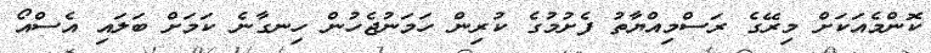
ކޮންމެއަކަށް މިރޭގެ ރަސްމިއްޔާތު ފެށުމުގެ ކުރިން ހަމަނުޖެހުން ހިނގާނެ ކަމަށް ބަލައި އެސްއޯ